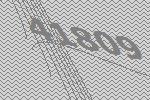
41809